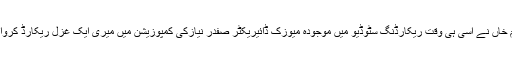
اعظم خاں نے اسی ہی وقت ریکارڈنگ سٹوڈیو میں موجودہ میوزک ڈائیریکٹر صفدر نیازکی کمپوزیشن میں میری ایک غزل ریکارڈ کروا دی۔